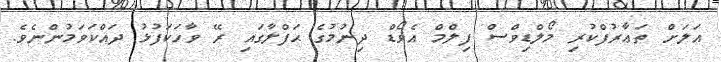
އަލަށް ތަޢާރުފްކުރި މޯލްޑިވްސް ފިލްމް އެވޯޑް ދިނުމުގެ ޙަފްލާގައި ރޭ ވާހަކަފުޅު ދައްކަވަމުންނެވެ.